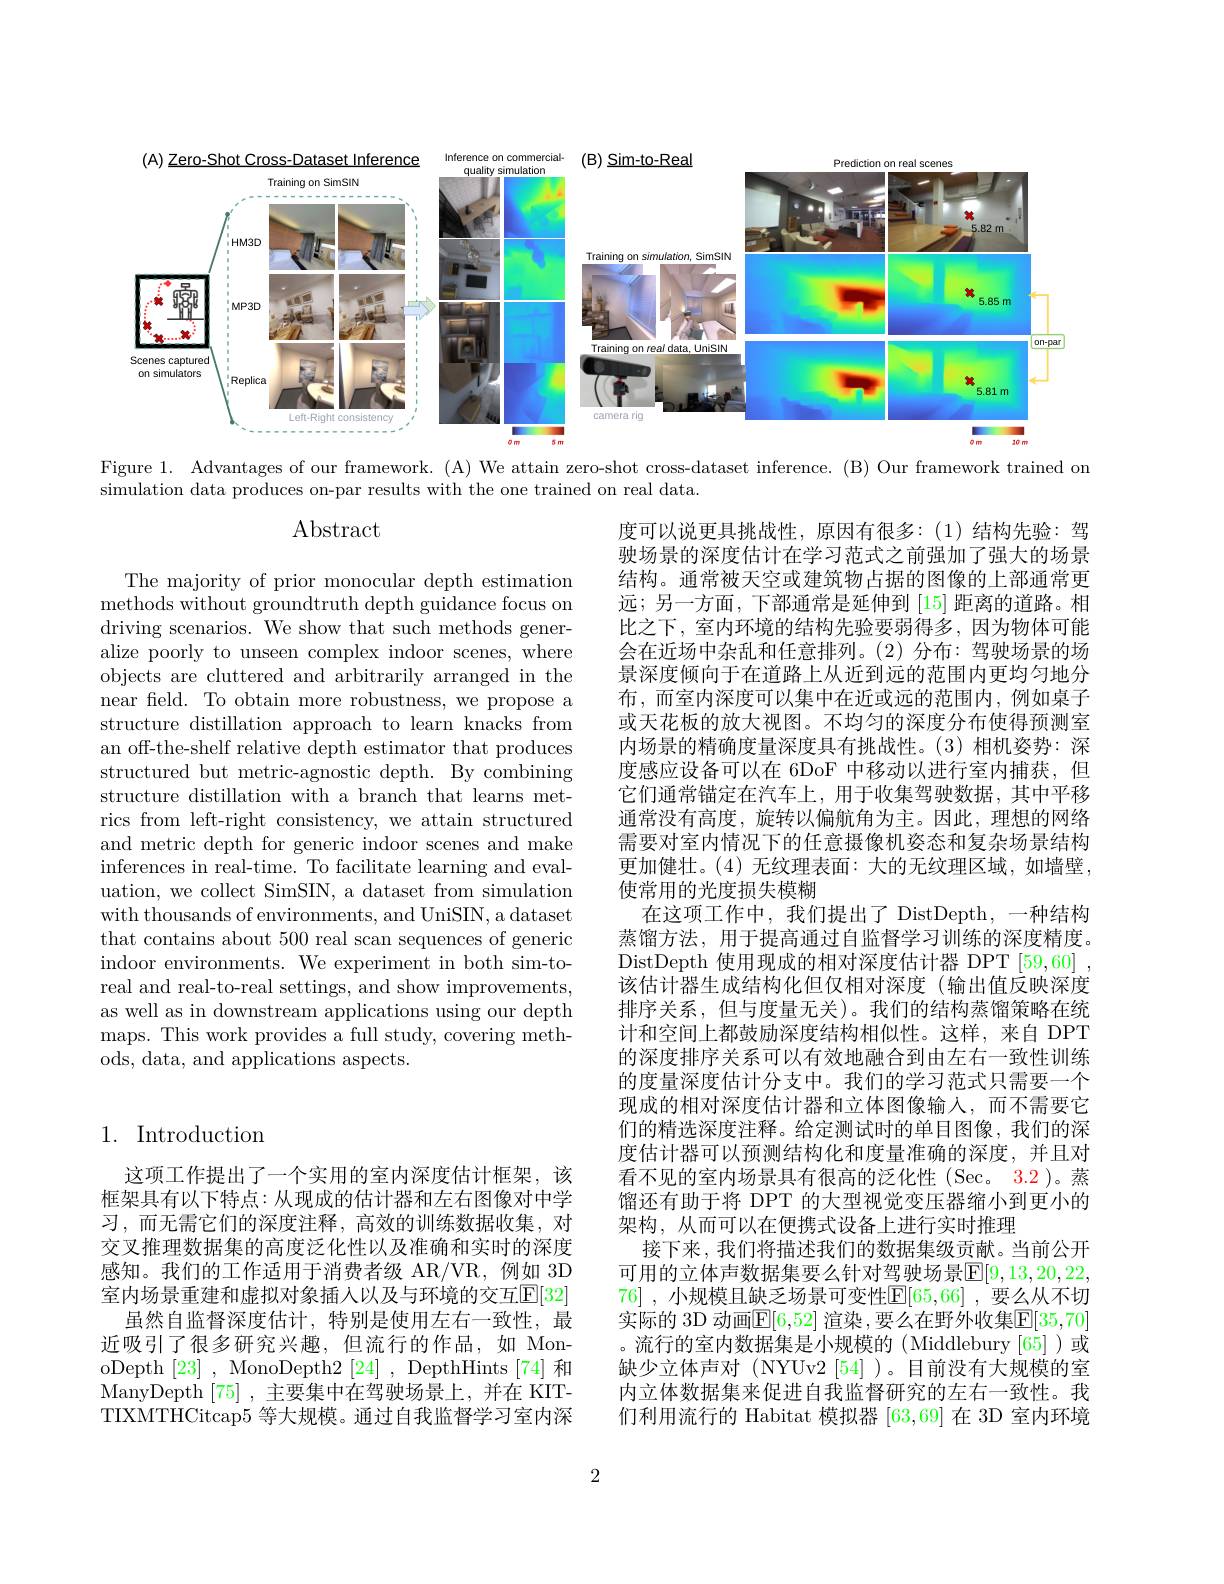
<FigureHere>

Figure 1. Advantages of our framework. (A) We attain zero-shot cross-dataset inference. (B) Our framework trained on

simulation data produces on-par results with the one trained on real data.

Abstract

The majority of prior monocular depth estimation methods without groundtruth depth guidance focus on driving scenarios. We show that such methods generalize poorly to unseen complex indoor scenes, where objects are cluttered and arbitrarily arranged in the near feld. To obtain more robustness, we propose a structure distillation approach to learn knacks from an off-the-shelf relative depth estimator that produces structured but metric-agnostic depth. By combining structure distillation with a branch that learns metrics from left-right consistency, we attain structured and metric depth for generic indoor scenes and make inferences in real-time. To facilitate learning and evaluation, we collect SimSIN, a dataset from simulation with thousands of environments, and UniSIN, a dataset that contains about 500 real scan sequences of generic indoor environments. We experiment in both sim-toreal and real-to-real settings, and show improvements, as well as in downstream applications using our depth maps. This work provides a full study, covering methods, data, and applications aspects.

度可以说更具挑战性，原因有很多：(1)结构先验：驾驶场景的深度估计在学习范式之前强加了强大的场景结构。通常被天空或建筑物占据的图像的上部通常更远；另一方面，下部通常是延伸到[15]距离的道路。相比之下，室内环境的结构先验要弱得多，因为物体可能会在近场中杂乱和任意排列。(2)分布：驾驶场景的场景深度倾向于在道路上从近到远的范围内更均匀地分布，而室内深度可以集中在近或远的范围内，例如桌子或天花板的放大视图。不均匀的深度分布使得预测室内场景的精确度量深度具有挑战性。(3)相机姿势：深度感应设备可以在 6DoF 中移动以进行室内捕获，但它们通常锚定在汽车上，用于收集驾驶数据，其中平移通常没有高度，旋转以偏航角为主。因此，理想的网络需要对室内情况下的任意摄像机姿态和复杂场景结构更加健壮。(4) 无纹理表面：大的无纹理区域，如墙壁， 使常用的光度损失模糊
在这项工作中，我们提出了 DistDepth, 一种结构蒸馏方法，用于提高通过自监督学习训练的深度精度。DistDepth 使用现成的相对深度估计器 DPT [59,60] , 该估计器生成结构化但仅相对深度(输出值反映深度排序关系，但与度量无关)。我们的结构蒸馏策略在统计和空间上都鼓励深度结构相似性。这样，来自 DPT 的深度排序关系可以有效地融合到由左右一致性训练的度量深度估计分支中。我们的学习范式只需要一个现成的相对深度估计器和立体图像输入，而不需要它们的精选深度注释。给定测试时的单目图像，我们的深度估计器可以预测结构化和度量准确的深度，并且对看不见的室内场景具有很高的泛化性 (Sec。3.2 )。蒸馏还有助于将 DPT 的大型视觉变压器缩小到更小的架构，从而可以在便携式设备上进行实时推理
接下来，我们将描述我们的数据集级贡献。当前公开可用的立体声数据集要么针对驾驶场景$\overline{\mathrm{F}}[9,13,20,22$, 76] ,小规模且缺乏场景可变性$\mathbb{E}[65,66]$ ,要么从不切实际的 3D 动画$\overline\mathbb{E}[6,52]$ 渲染，要么在野外收集$\mathbb{E}[35,70]$ 。流行的室内数据集是小规模的(Middlebury[65])或缺少立体声对(NYUv2[54])。目前没有大规模的室内立体数据集来促进自我监督研究的左右一致性。我们利用流行的 Habitat 模拟器[63,69]在 3D 室内环境

## 1. Introduction

这项工作提出了一个实用的室内深度估计框架，该框架具有以下特点：从现成的估计器和左右图像对中学习，而无需它们的深度注释，高效的训练数据收集，对交叉推理数据集的高度泛化性以及准确和实时的深度感知。我们的工作适用于消费者级 AR/VR,例如 3D 室内场景重建和虚拟对象插人以及与环境的交互$\mathbb{E}[32]$
虽然自监督深度估计，特别是使用左右一致性，最近吸引了很多研究兴趣，但流行的作品，如 MonoDepth[23] , MonoDepth2 [24] , DepthHints [74] 和ManyDepth[75] ,主要集中在驾驶场景上，并在 KITTIXMTHCitcap5 等大规模。通过自我监督学习室内深

2